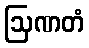
ဩဏတံ